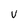
Character: U